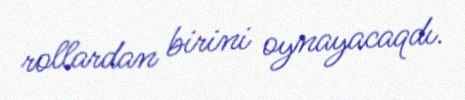
rollardan birini oynayacaqdı.